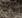
ماذا